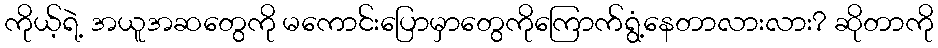
ကိုယ့်ရဲ့ အယူအဆတွေကို မကောင်းပြောမှာတွေကိုကြောက်ရွံ့နေတာလားလား? ဆိုတာကို